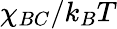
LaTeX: \chi_{BC}/k_{B}T